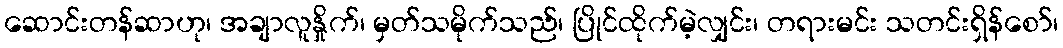
ဆောင်းတန်ဆာဟု၊ အချာလူနှိုက်၊ မှတ်သမိုက်သည်၊ ပြိုင်ထိုက်မဲ့လျှင်း၊ တရားမင်း သတင်းရှိန်စော်၊